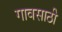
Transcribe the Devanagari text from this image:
गावसाठी